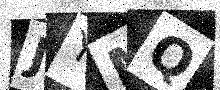
Text: JYMQ